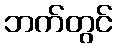
ဘက်တွင်